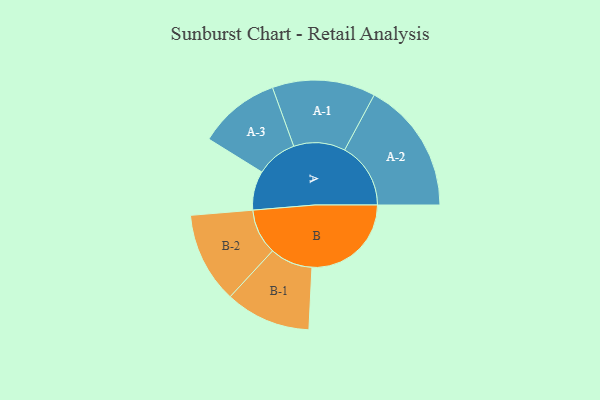
{"axis": {"x": "Segment", "y": "Value"}, "legend": ["", "A", "B"], "data": [{"x": "A", "y": 173, "type": ""}, {"x": "B", "y": 439, "type": ""}, {"x": "A-1", "y": 228, "type": "A"}, {"x": "A-2", "y": 292, "type": "A"}, {"x": "A-3", "y": 181, "type": "A"}, {"x": "B-1", "y": 189, "type": "B"}, {"x": "B-2", "y": 201, "type": "B"}]}